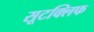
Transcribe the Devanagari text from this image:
सूटक्लिफ